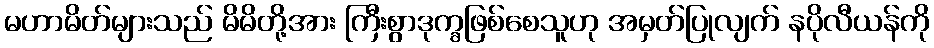
မဟာမိတ်များသည် မိမိတို့အား ကြီးစွာဒုက္ခဖြစ်စေသူဟု အမှတ်ပြုလျက် နပိုလီယန်ကို